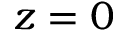
z = 0